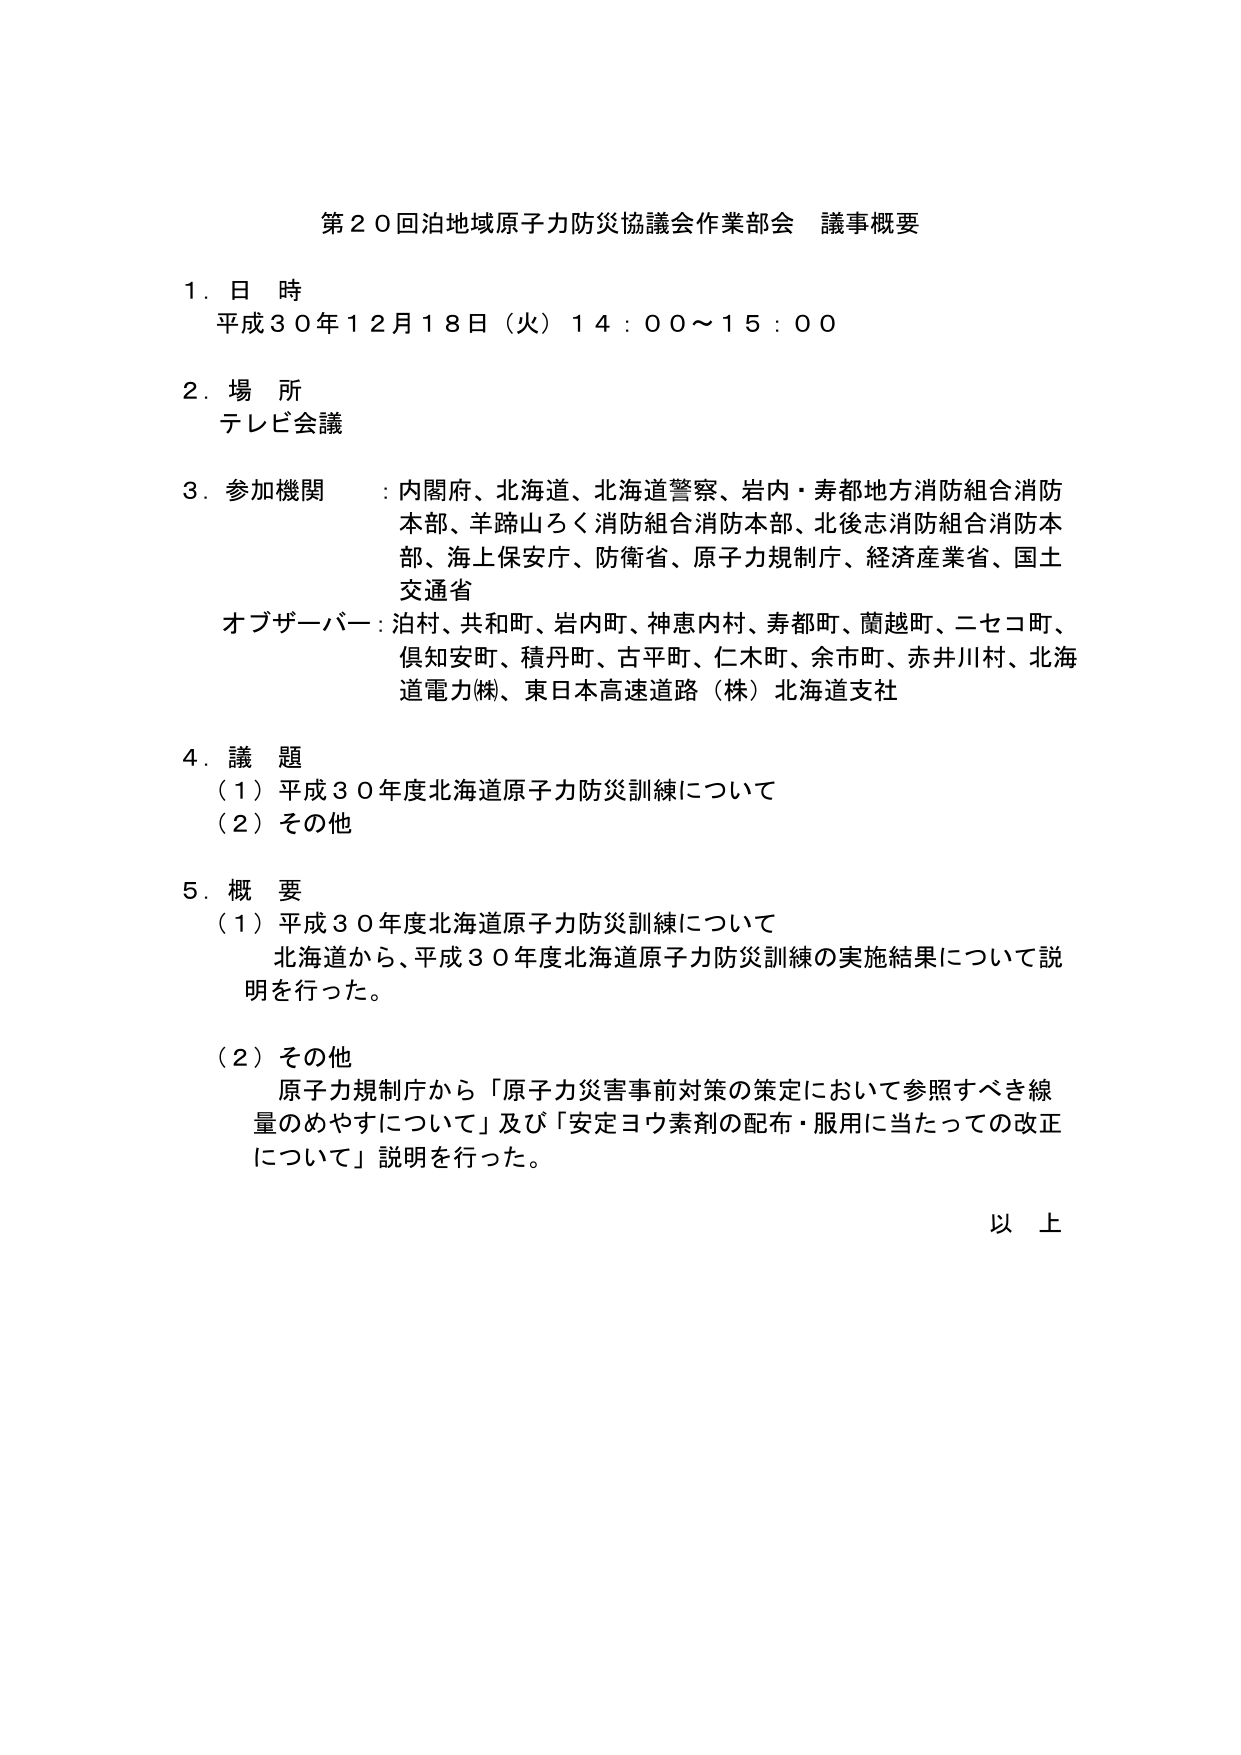
第２０回泊地域原子力防災協議会作業部会 議事概要

１．日 時
平成３０年１２月１８日（火）１４：００～１５：００

２．場 所
テレビ会議

３．参加機関：内閣府、北海道、北海道警察、岩内・寿都地方消防組合消防本部、羊蹄山ろく消防組合消防本部、北後志消防組合消防本部、海上保安庁、防衛省、原子力規制庁、経済産業省、国土交通省
オブザーバー：泊村、共和町、岩内町、神恵内村、寿都町、蘭越町、ニセコ町、倶知安町、積丹町、古平町、仁木町、余市町、赤井川村、北海道電力（株）、東日本高速道路（株）北海道支社

４．議 題
（１）平成３０年度北海道原子力防災訓練について
（２）その他

５．概 要
（１）平成３０年度北海道原子力防災訓練について
　北海道から、平成３０年度北海道原子力防災訓練の実施結果について説明を行った。

（２）その他
　原子力規制庁から「原子力災害事前対策の策定において参照すべき線量のめやすについて」及び「安定ヨウ素剤の配布・服用に当たっての改正について」説明を行った。

以 上